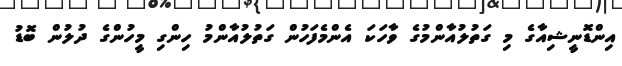
އިންޑޮނީޝިއާގެ މި ގަތުލުއާންމުގެ ވާހަކަ އެންމެފަހުން ގަތުލުއާންމު ހިންގި މީހުންގެ ދުލުން ބޮޑު